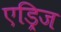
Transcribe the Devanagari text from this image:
एड्रिज